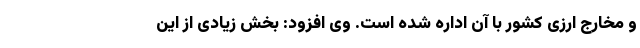
و مخارج ارزی کشور با آن اداره شده است. وی افزود: بخش زیادی از این